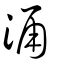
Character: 湧